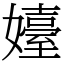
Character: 嬯